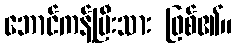
ဘောင်ကန့်ပြီးသား ဖြစ်၏။